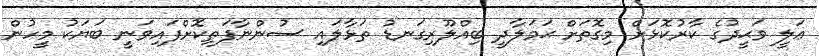
ޢަލީ ވަޙީދުގެ ކާރުކޮޅަށް މިގޮތަށް ޙަމަލާދީ ބިއްލޫރިގަނޑު ތަޅާލައި ސުންނާފަތިކޮށްފައިވަނީ ބަޔަކު މީހުން